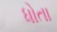
ધોતા